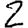
Digit: 2